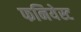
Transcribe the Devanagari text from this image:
फनियेस्ट